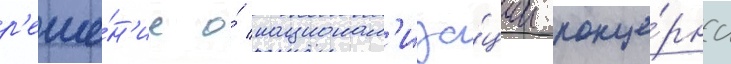
р'еше́н'ие о́ национал'иза́ции конце́рна